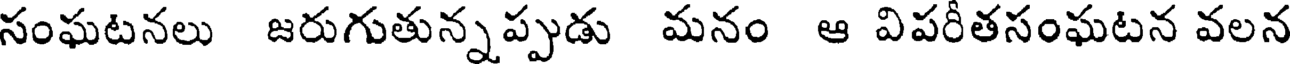
సంఘటనలు జరుగుతున్నప్పుడు మనం ఆ విపరీతసంఘటన వలన